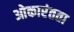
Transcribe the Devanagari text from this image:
ओकारंतता